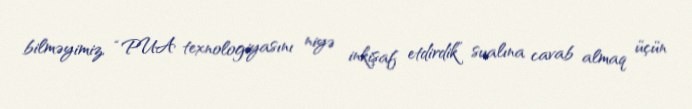
bilməyimiz, “PUA texnologiyasını niyə inkişaf etdirdik” sualına cavab almaq üçün